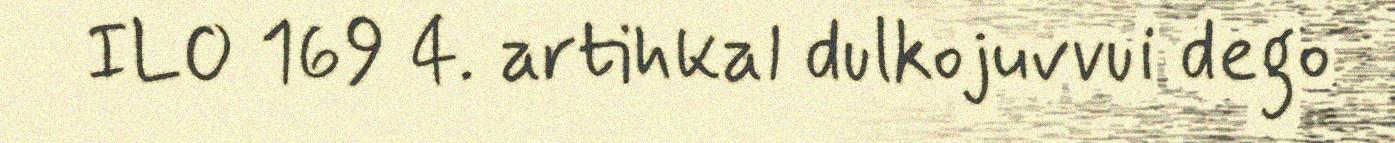
ILO 169 4. artihkal dulkojuvvui dego